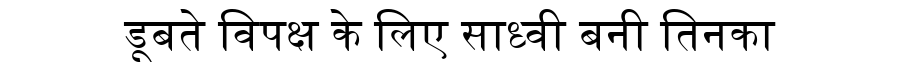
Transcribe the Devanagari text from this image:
डूबते विपक्ष के लिए साध्वी बनी तिनका